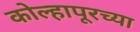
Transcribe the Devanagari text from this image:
कोल्‍हापूरच्या